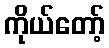
ကိုယ်တော့်